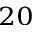
^ { 2 0 }